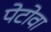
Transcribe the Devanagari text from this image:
पेटोवा